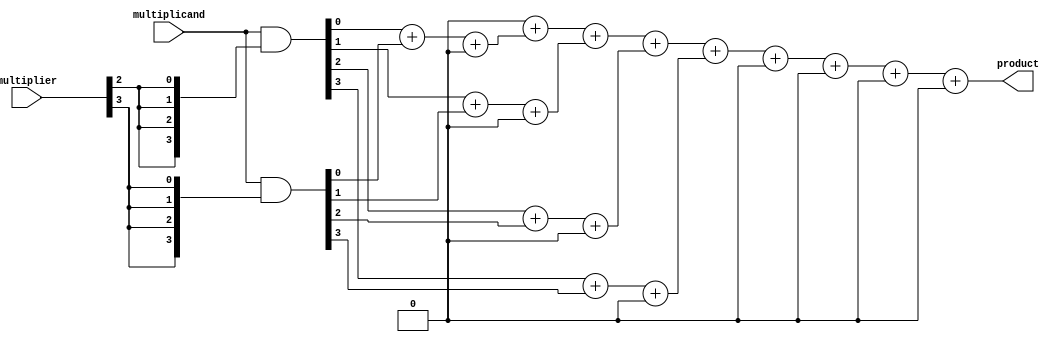
module dadda_multiplier #(parameter M = 4, N = 4) (
    input [M-1:0] multiplicand,
    input [N-1:0] multiplier,
    output reg [M+N-1:0] product
);

    // Partial product matrix
    wire [M-1:0] pp [0:N-1]; // Partial products

    // Generate partial products
    genvar i, j;
    generate
        for (i = 0; i < N; i = i + 1) begin : pp_gen
            assign pp[i] = multiplicand & {M{multiplier[i]}};
        end
    endgenerate

    // Reduction tree
    wire [M+N-1:0] sum [0:M+N-1]; // Intermediate sums
    wire [M+N-1:0] carry [0:M+N-1]; // Intermediate carries

    // Stage 1: Combine partial products
    integer stage, col;
    always @* begin
        // Initialize sums and carries
        for (col = 0; col < M + N; col = col + 1) begin
            sum[col] = 0;
            carry[col] = 0;
        end

        // Combine partial products in pairs
        for (stage = 0; stage < N-1; stage = stage + 1) begin
            for (col = 0; col < M; col = col + 1) begin
                if (col < M-1) begin
                    {carry[col+1], sum[col]} = pp[stage][col] + pp[stage+1][col] + carry[col];
                end else begin
                    sum[col] = pp[stage][col] + pp[stage+1][col] + carry[col];
                end
            end
        end
    end

    // Final summation of reduced partial products
    always @* begin
        product = 0;
        for (col = 0; col < M + N; col = col + 1) begin
            product = product + sum[col];
        end
    end

endmodule